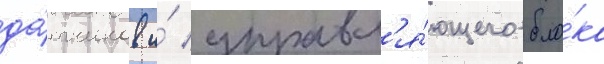
да́тчиков и́ управл'я́ющего бло́ка